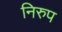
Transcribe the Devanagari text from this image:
निरुप